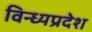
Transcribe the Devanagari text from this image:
विन्ध्यप्रदेश